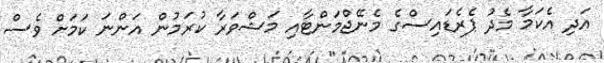
އަދި އެކަމާ މެދު ޕެރެޑައިސްގެ މެނޭޖްމަންޓާއި މަޝްވަރާ ކުރަމުން އަންނަ ކަމަށް ވެސް